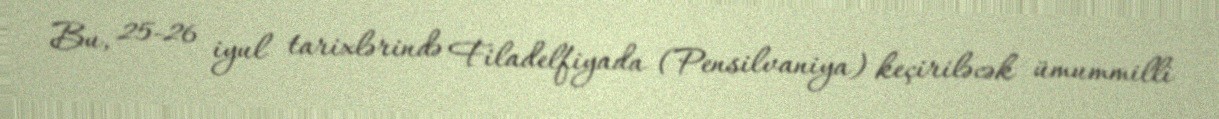
Bu, 25-26 iyul tarixlərində Filadelfiyada (Pensilvaniya) keçiriləcək ümummilli